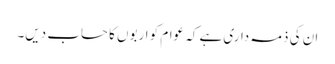
ان کی ذمہ داری ہے کہ عوام کو اربوں کا حساب دیں۔